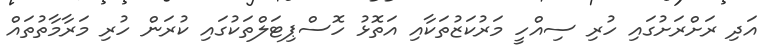
އަދި ރަށްރަށުގައި ހުރި ސިއްހީ މަރުކަޒުތަކާއި އަތޮޅު ހޮސްޕިޓަލްތަކުގައި ކުރަން ހުރި މަރާމާތުތައް